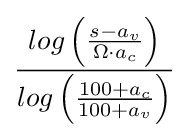
{log\left({\frac {s-a_{v}}{\Omega \cdot a_{c}}}\right)} \over {log\left({\frac {100+a_{c}}{100+a_{v}}}\right)}